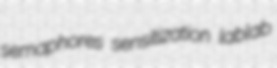
semaphores sensitization lablab